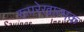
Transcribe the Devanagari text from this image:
रूपरेखात्मक